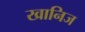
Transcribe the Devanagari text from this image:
खानिज